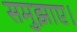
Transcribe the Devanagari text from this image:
समुझाए।